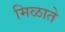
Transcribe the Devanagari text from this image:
मिळाते